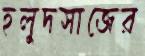
হলুদসাজের